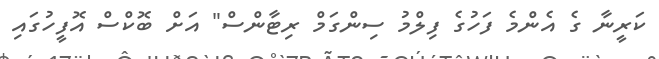
ކަރީނާ ގެ އެންމެ ފަހުގެ ފިލްމު ސިންގަމް ރިޓާންސް" އަށް ބޮކްސް އޮފީހުގައި